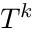
T ^ { k }